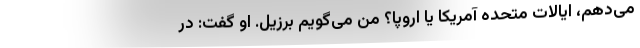
می‌دهم، ایالات متحده آمریکا یا اروپا؟ من می‌گویم برزیل. او گفت: در